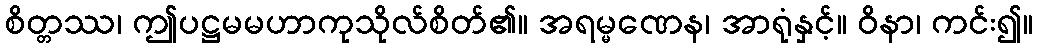
စိတ္တဿ၊ ဤပဋ္ဌမမဟာကုသိုလ်စိတ်၏။ အရမ္မဏေန၊ အာရုံနှင့်။ ဝိနာ၊ ကင်း၍။